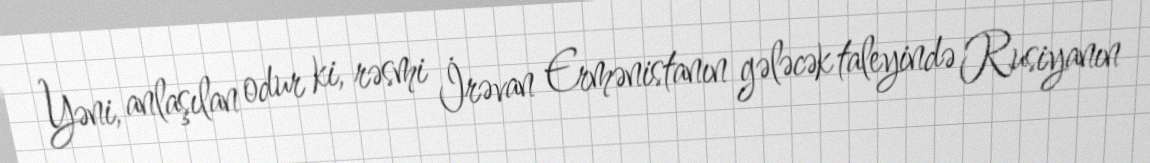
Yəni, anlaşılan odur ki, rəsmi İrəvan Ermənistanın gələcək taleyində Rusiyanın